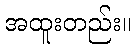
အထူးတည်း။